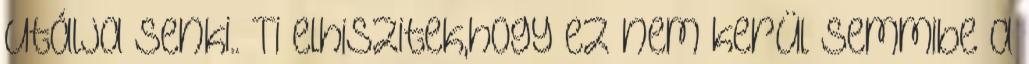
utálja senki.. Ti elhiszitek,hogy ez nem kerül semmibe a